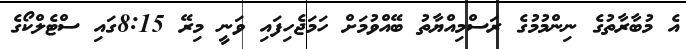
އެ މުބާރާތުގެ ނިންމުމުގެ ރަސްމިއްޔާތު ބޭއްވުމަށް ހަމަޖެހިފައި ވަނީ މިރޭ 8:15ގައި ސްޓެލްކޯގެ